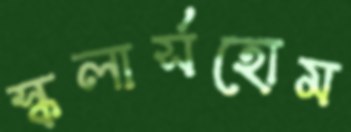
স্কলার্সহোম